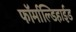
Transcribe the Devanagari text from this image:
फॉर्माल्डिहाईड